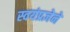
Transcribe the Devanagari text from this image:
स्वयंप्रज्ञेने